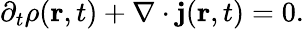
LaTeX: \begin{array}{r}{\partial_{t}\rho(\mathbf{r},t)+\nabla\cdot\mathbf{j}(\mathbf{r},t)=0.}\end{array}